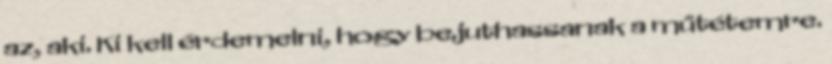
az, aki. Ki kell érdemelni, hogy bejuthassanak a műtétemre.